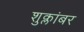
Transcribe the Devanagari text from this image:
शुक्लांबर